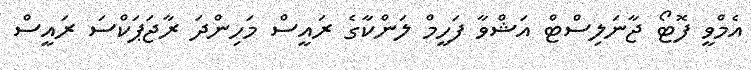
އެމްވީ ފޮޓޯ ޖާނަލިސްޓް އަޝްވާ ފަހީމް ލަންކާގެ ރައީސް މަހިންދަ ރާޖަޕަކްސަ ރައީސް